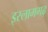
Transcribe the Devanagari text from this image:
इस्लामगढ़